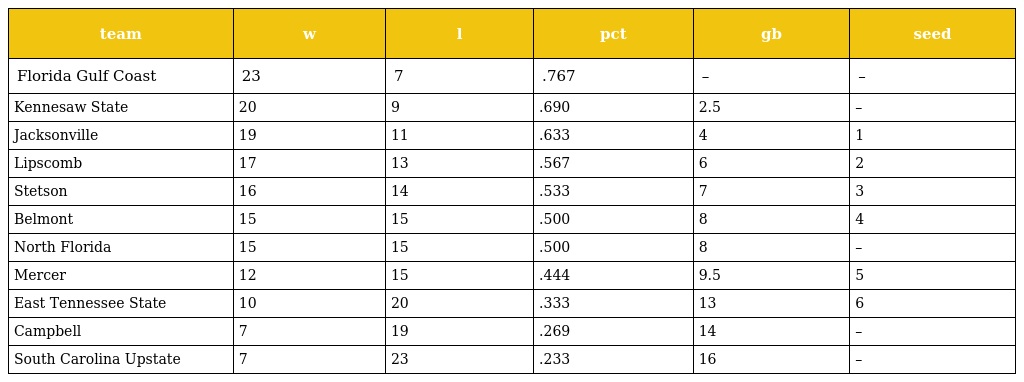
| team | w | l | pct | gb | seed |
 | --- | --- | --- | --- | --- | --- |
 | Florida Gulf Coast | 23 | 7 | .767 | – | – |
 | Kennesaw State | 20 | 9 | .690 | 2.5 | – |
 | Jacksonville | 19 | 11 | .633 | 4 | 1 |
 | Lipscomb | 17 | 13 | .567 | 6 | 2 |
 | Stetson | 16 | 14 | .533 | 7 | 3 |
 | Belmont | 15 | 15 | .500 | 8 | 4 |
 | North Florida | 15 | 15 | .500 | 8 | – |
 | Mercer | 12 | 15 | .444 | 9.5 | 5 |
 | East Tennessee State | 10 | 20 | .333 | 13 | 6 |
 | Campbell | 7 | 19 | .269 | 14 | – |
 | South Carolina Upstate | 7 | 23 | .233 | 16 | – |